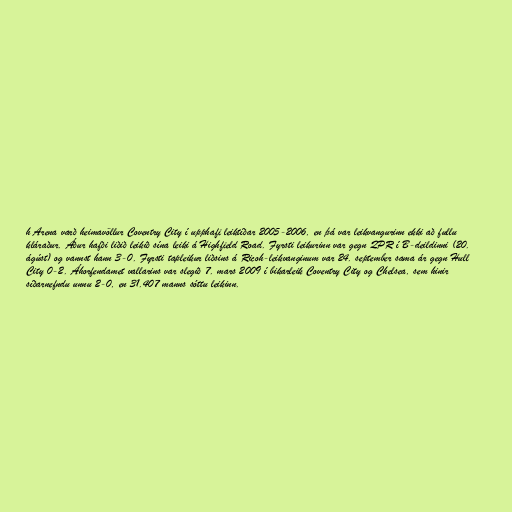
h Arena varð heimavöllur Coventry City í upphafi leiktíðar 2005-2006, en þá var leikvangurinn ekki að fullu
kláraður. Áður hafði liðið leikið sína leiki á Highfield Road. Fyrsti leikurinn var gegn QPR í B-deildinni (20.
ágúst) og vannst hann 3-0. Fyrsti tapleikur liðsins á Ricoh-leikvanginum var 24. september sama ár gegn Hull
City 0-2. Áhorfendamet vallarins var slegið 7. mars 2009 í bikarleik Coventry City og Chelsea, sem hinir
síðarnefndu unnu 2-0, en 31.407 manns sóttu leikinn.